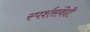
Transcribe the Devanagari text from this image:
स्पर्शसंवेदी